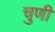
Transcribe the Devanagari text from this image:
चुणी